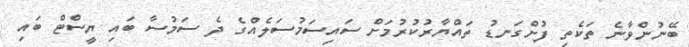
ބޭނުންވާނެ ތަކެތި ފުށްގަނޑު ތައްޔާރުކުރުމަށް ސައިސަމުސަލެއްގެ ދެ ސަމުސާ ބައި ޔީސްޓް ބައި